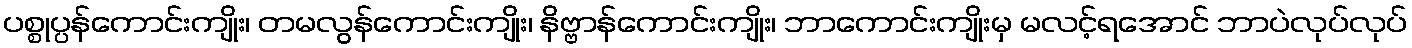
ပစ္စုပ္ပန်ကောင်းကျိုး၊ တမလွန်ကောင်းကျိုး၊ နိဗ္ဗာန်ကောင်းကျိုး၊ ဘာကောင်းကျိုးမှ မလင့်ရအောင် ဘာပဲလုပ်လုပ်